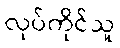
လုပ်ကိုင်သူ